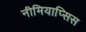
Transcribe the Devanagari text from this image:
नीमियाप्सिस